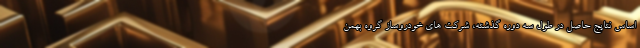
اساس نتایج حاصل در طول سه دوره گذشته، شرکت های خودروساز گروه بهمن